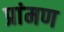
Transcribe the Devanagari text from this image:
प्रांमण